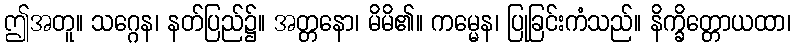
ဤအတူ။ သဂ္ဂေန၊ နတ်ပြည်၌။ အတ္တနော၊ မိမိ၏။ ကမ္မေန၊ ပြုခြင်းကံသည်။ နိက္ခိတ္တောယထာ၊